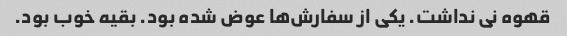
قهوه نی نداشت. یکی از سفارش‌ها عوض شده بود. بقیه خوب بود.